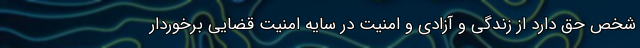
شخص حق دارد از زندگی و آزادی و امنیت در سایه امنیت قضایی برخوردار